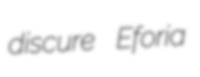
discure Eforia